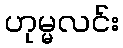
ဟုမ္မလင်း